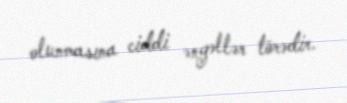
olunmasına ciddi əngəllər törədir.